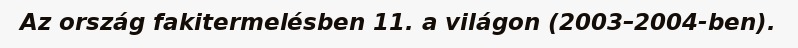
Az ország fakitermelésben 11. a világon (2003–2004-ben).